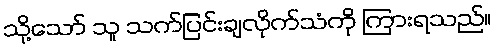
သို့သော် သူ သက်ပြင်းချလိုက်သံကို ကြားရသည်။